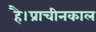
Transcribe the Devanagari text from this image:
है।प्राचीनकाल